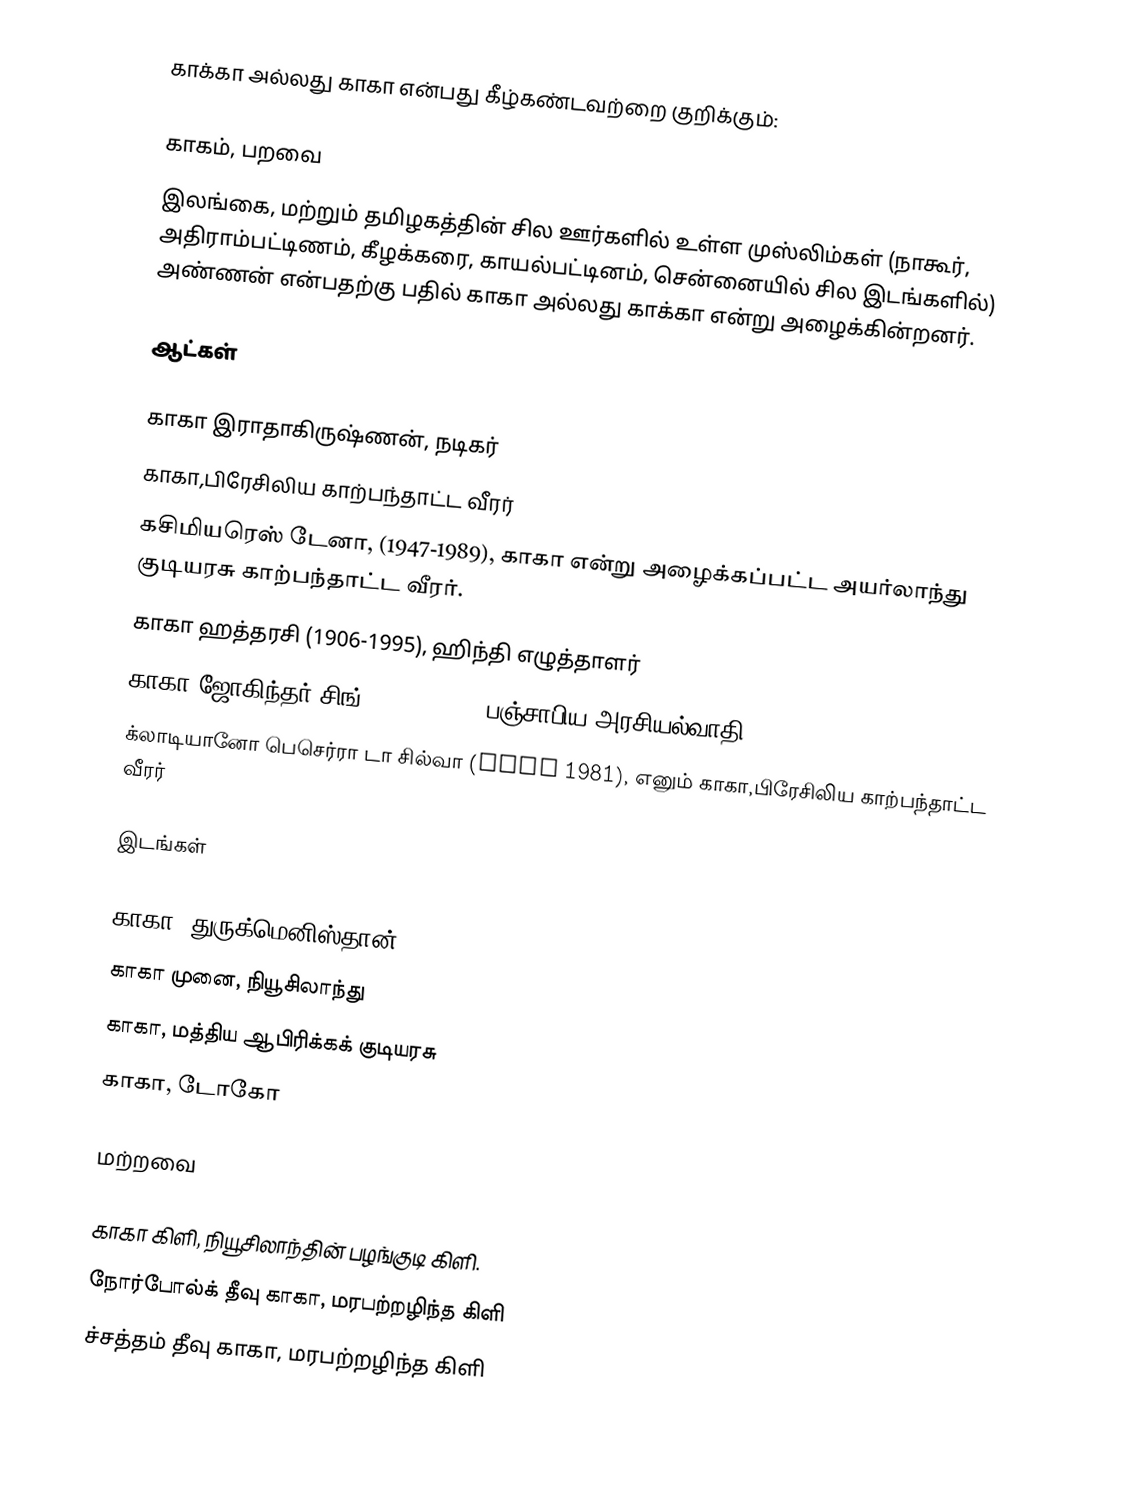
காக்கா அல்லது காகா என்பது கீழ்கண்டவற்றை குறிக்கும்:

 காகம், பறவை
 இலங்கை, மற்றும் தமிழகத்தின் சில ஊர்களில் உள்ள முஸ்லிம்கள்  (நாகூர், அதிராம்பட்டிணம், கீழக்கரை, காயல்பட்டினம், சென்னையில் சில இடங்களில்) அண்ணன் என்பதற்கு பதில் காகா அல்லது காக்கா என்று அழைக்கின்றனர்.

ஆட்கள்

 காகா இராதாகிருஷ்ணன், நடிகர்
 காகா,பிரேசிலிய காற்பந்தாட்ட வீரர்
 கசிமியரெஸ் டேனா, (1947-1989), காகா என்று அழைக்கப்பட்ட அயர்லாந்து குடியரசு காற்பந்தாட்ட வீரர்.
 காகா ஹத்தரசி (1906-1995), ஹிந்தி எழுத்தாளர்
 காகா ஜோகிந்தர் சிங் (1918-1998), பஞ்சாபிய அரசியல்வாதி.
 க்லாடியானோ பெசெர்ரா டா சில்வா (born 1981), எனும் காகா,பிரேசிலிய காற்பந்தாட்ட வீரர்

இடங்கள்

 காகா, துருக்மெனிஸ்தான்
 காகா முனை, நியூசிலாந்து
 காகா, மத்திய ஆபிரிக்கக் குடியரசு
 காகா, டோகோ

மற்றவை

 காகா கிளி, நியூசிலாந்தின் பழங்குடி கிளி.
 நோர்போல்க் தீவு காகா, மரபற்றழிந்த கிளி
 ச்சத்தம் தீவு காகா, மரபற்றழிந்த கிளி